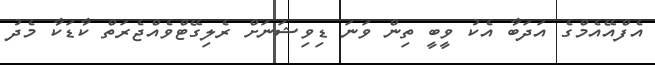
އެފްއޭއެމްގެ އަދަބާ އެކު ވީބީ ތިން ވަނަ ޑިވިޝަނަށް ރެލިގޭޓްވެއްޖެރަތް ކާޑަކާ މެދު